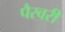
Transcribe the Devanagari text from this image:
पैरवरी